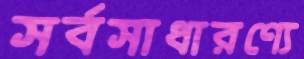
সর্বসাধারণ্যে